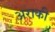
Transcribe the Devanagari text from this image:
अराकी